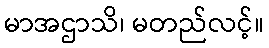
မာအဌာသိ၊ မတည်လင့်။